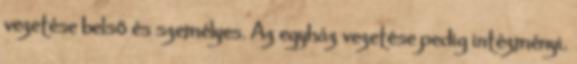
vezetése belső és személyes. Az egyház vezetése pedig intézményi.